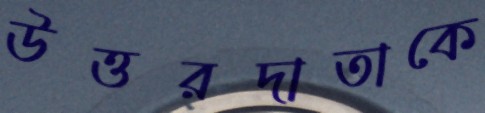
উত্তরদাতাকে